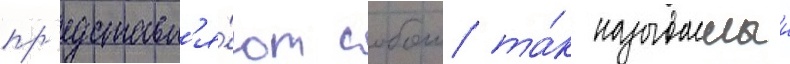
пр'едставл'я́ют собои та́к называемыи